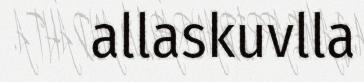
allaskuvlla